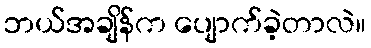
ဘယ်အချိန်က ပျောက်ခဲ့တာလဲ။